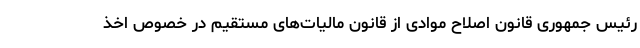
رئیس جمهوری قانون اصلاح موادی از قانون مالیات‌های مستقیم در خصوص اخذ